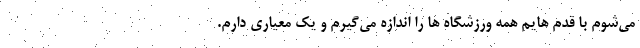
می‌شوم با قدم هایم همه ورزشگاه ها را اندازه می‌گیرم و یک معیاری دارم.